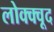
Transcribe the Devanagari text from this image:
लोक्क्वूद